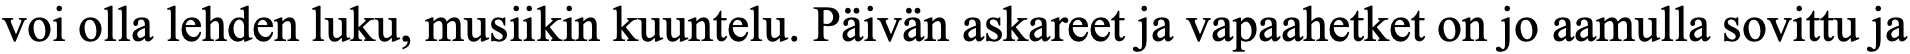
voi olla lehden luku, musiikin kuuntelu. Päivän askareet ja vapaahetket on jo aamulla sovittu ja